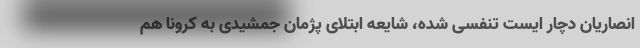
انصاریان دچار ایست تنفسی شده، شایعه ابتلای پژمان جمشیدی به کرونا هم